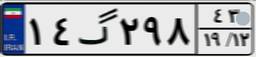
۱۴گ۲۹۸۴۳